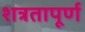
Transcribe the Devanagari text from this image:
शत्रतापूर्ण